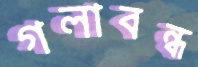
গলাবন্ধ